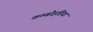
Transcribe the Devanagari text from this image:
कम्बोहडिया